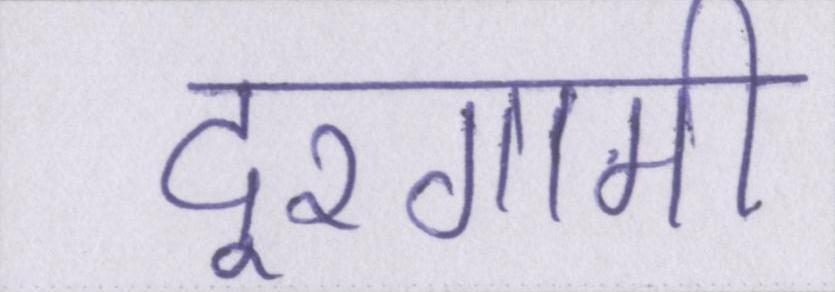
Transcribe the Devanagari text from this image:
दूरगामी